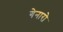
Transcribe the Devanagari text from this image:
गेनारो